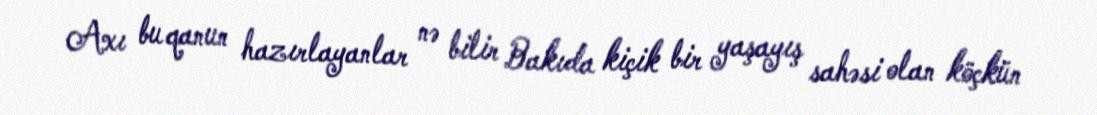
Axı bu qanun hazırlayanlar nə bilir Bakıda kiçik bir yaşayış sahəsi olan köçkün